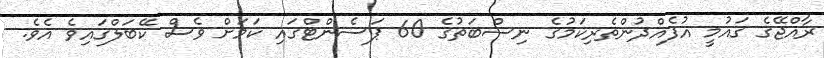
ރާއްޖޭގެ ގައުމީ އުފެއްދުންތެރިކަމުގެ ނިސްބަތުގެ 60 ޕަސެންޓްގައި ކަމަށް ވެސް ކޭބަލްގައިވެ އެވެ.